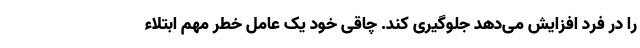
را در فرد افزایش می‌دهد جلوگیری کند. چاقی خود یک عامل خطر مهم ابتلاء